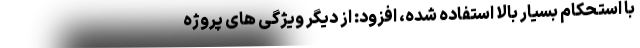
با استحکام بسیار بالا استفاده شده، افزود: از دیگر ویژگی های پروژه